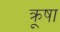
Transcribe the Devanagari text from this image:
क्रूषा